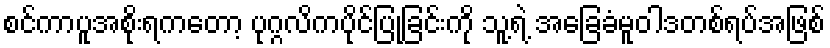
စင်ကာပူအစိုးရကတော့ ပုဂ္ဂလိကပိုင်ပြုခြင်းကို သူ့ရဲ့ အခြေခံမူဝါဒတစ်ရပ်အဖြစ်